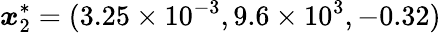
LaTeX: \boldsymbol{x}_{2}^{*}=(3.25\times 10^{-3},9.6\times 10^{3},-0.32)